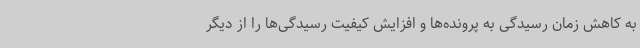
به کاهش زمان رسیدگی به پرونده‌ها و افزایش کیفیت رسیدگی‌ها را از دیگر